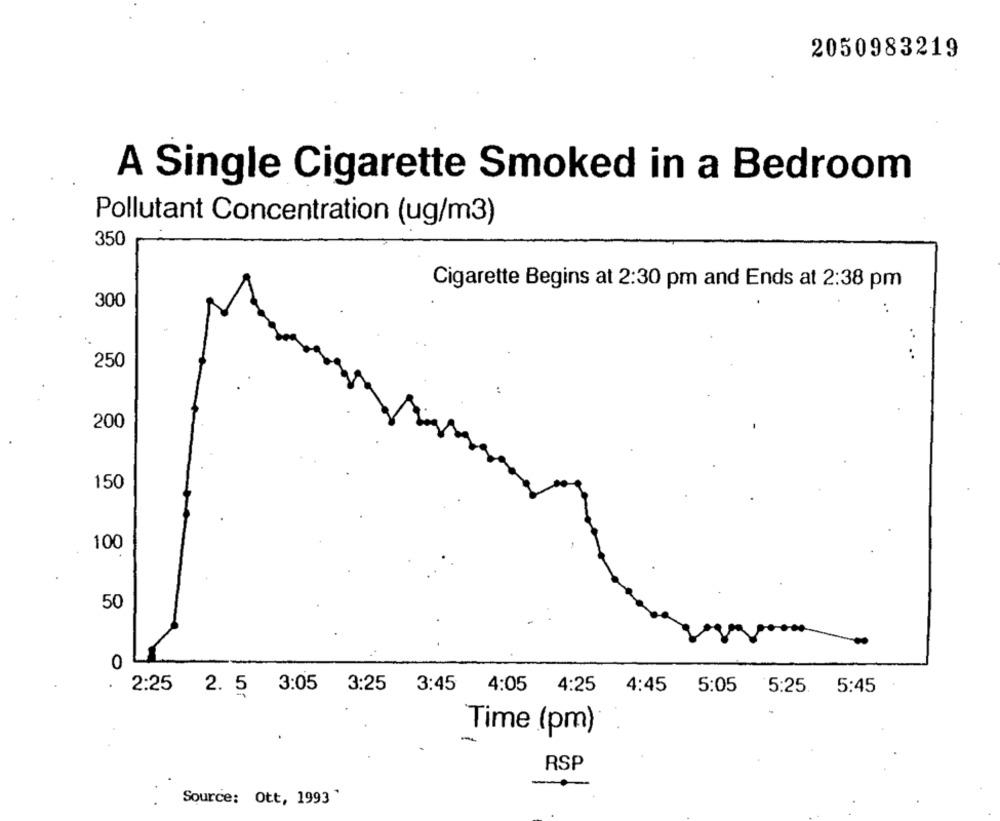
2050983219
A Single Cigarette Smoked in a Bedroom
Pollutant Concentration (ug/m3)
350
Cigarette Begins at 2:30 pm and Ends at 2:38 pm
300
. .
..
250
200
150
100
50
0
2:25 2. 5 3:05 3:25 3:45
4:05 4:25
4:45
5:05
5:25. 5:45
Time (pm)
RSP
Source: Ott, 1993'